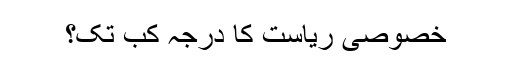
خصوصی ریاست کا درجہ کب تک؟